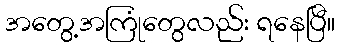
အတွေ့အကြုံတွေလည်း ရနေပြီ။